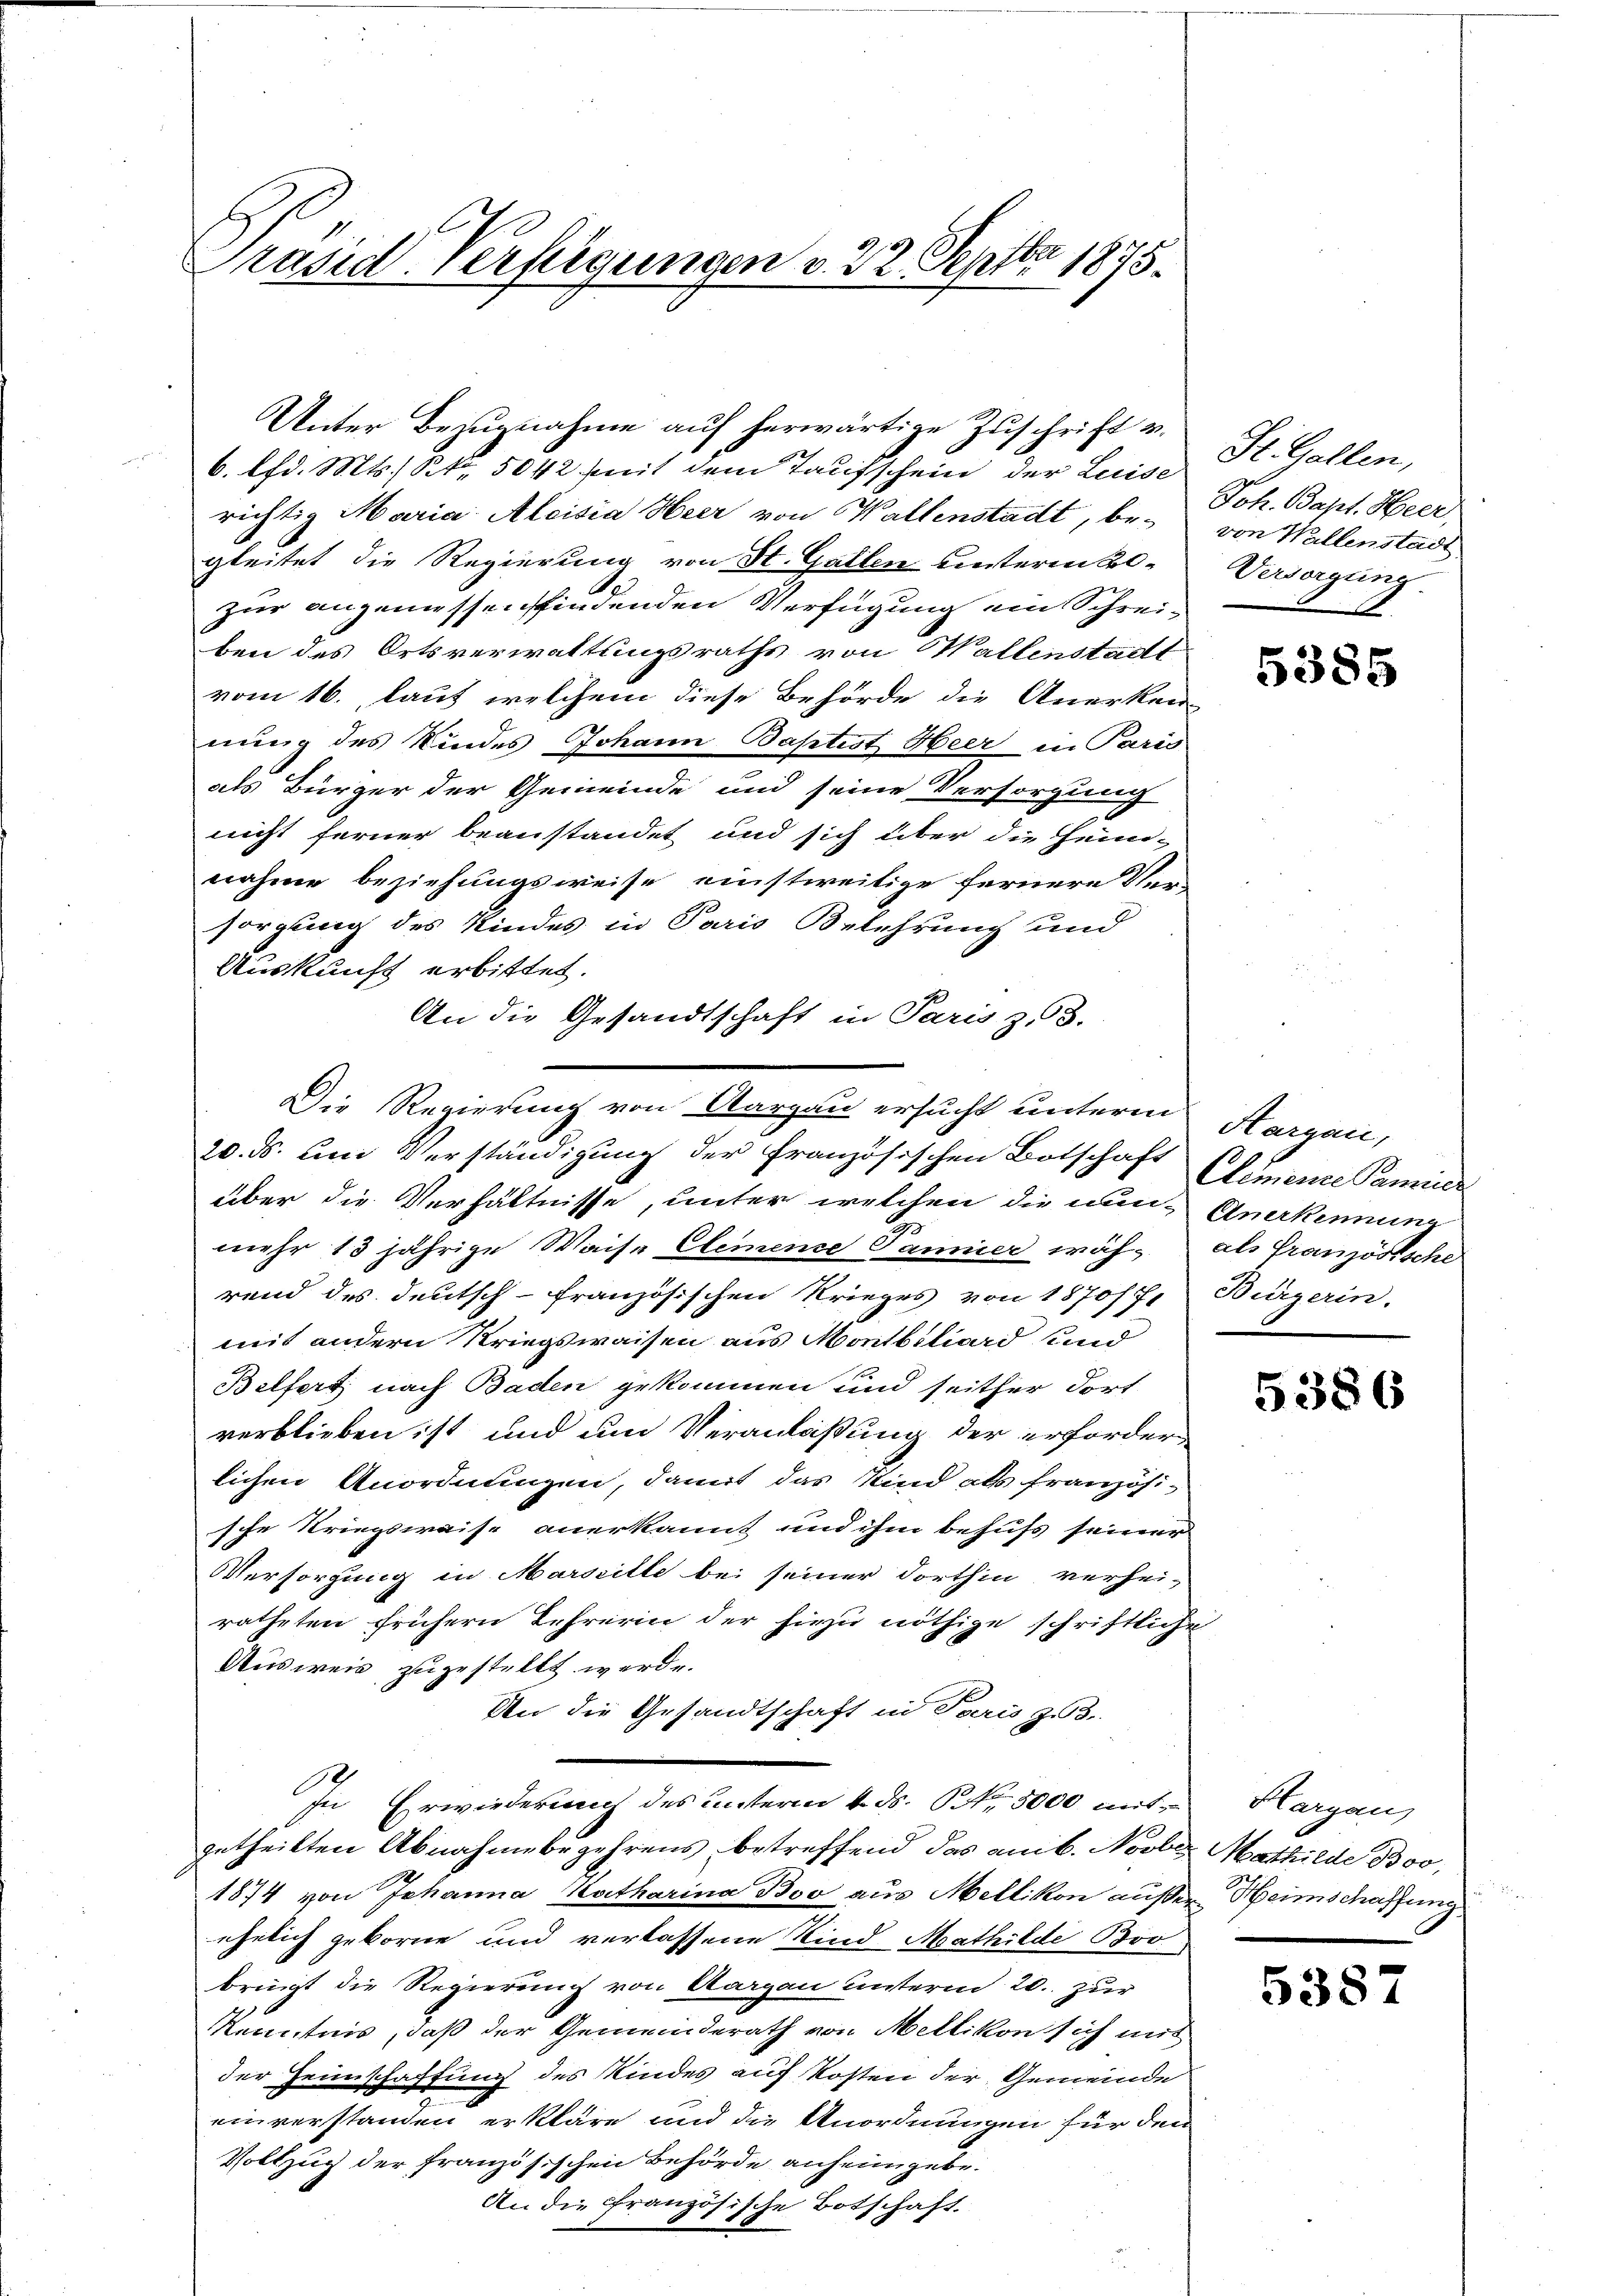
Präsid. Verfügungen v. 22. Septbr 1875.

Unter Bezugnahme auf herwärtige Zuschrift v.
6. lfd. Mts. S. 5042 mit dem Taufschein der Luise
richtig Maria Aloisia Heer von Wallenstadt, be- Joh. Bapt. Heer
gleitet die Regierung von St. Gallen unterm 2
.
zur angemessenfindenden Verfügung ein Schreiben des Ortsverwaltungsraths von allenstadt
vom 16., laut welchem diese Behörde die Anerken-
nung des Kindes Johann Baptist Heer in Paris
als Bürger der Gemeinde und seine Versorgung
nicht ferner beanstandet und sich über die Heim-
nahme beziehungsweise einstweitige fernere Ver-
sorgung des Kindes in Paris Belehrung und
Auskunft erbittet.
An die Gesandtschaft in Paris z. 3.
20. ds. um Verständigung der französischen Botschaft Grenze Pamier
über die Verhältnisse, unter welchen die nun Anerkennung
mehr 13 jährige Waise Clemende Panier wäh- als französische
rend des deutsch-französischen Krieges von 1870/7. Bürgerin.
mit andern Kriegswaisen aus Montbiliard und
Belfert, nach Baden gekommen und seither dort
verblieben ist und um Veranlassung der erforderlichen Anordnungen, damit das Kind als französi-
sche Kriegsweise anerkannt und ihm behufs seiner
Versorgung in Marseille bei seiner dorthin verhei-
ratheten frühern Lehrerin der hiezu nöthige schriftliche
Ausweis zuzustellt werde.
An die Gesandtschaft in Paris zu 3.
In Erwiederung des unterm 4. ds. S. Nr. 5000 mitgetheilten Abnahmebegehrens betreffend das am b. Novber Mathilde Boo,
1874 von Johanna Katharina Boo aus Mellikon ausser Heimschaffung
ehelich geborne und verlassene Kind Mathilde Bro
bringt die Regierung von Aargau unterm 20. zur
Kenntnis, daß der Gemeinderath von Meltikon sich mit
der Heimschaffung des Kindes auf Kosten der Gemeinde
einverstanden erkläre und die Anordnungen für den
Vollzug der französischen Behörde anheimgebe.
An die französische Botschaft.

Die Regierung von Aargau ersucht unterm Margau,

St. Gallen,
von Wallenstadt
Versorgung

5385

5386

Hargau,

5387